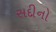
સદીનો